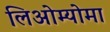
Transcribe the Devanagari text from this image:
लिओम्योमा